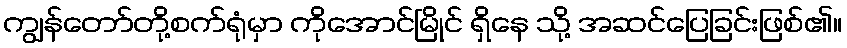
ကျွန်တော်တို့စက်ရုံမှာ ကိုအောင်မြိုင် ရှိနေ သို့ အဆင်ပြေခြင်းဖြစ်၏။